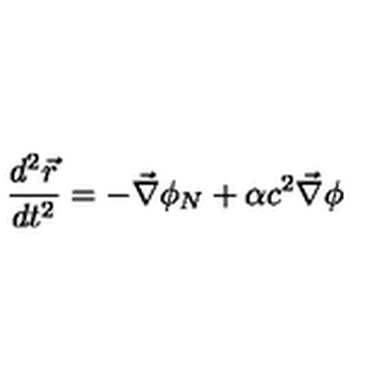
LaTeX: \frac { d ^ { 2 } \vec { r } } { d t ^ { 2 } } = - \vec { \nabla } \phi _ { N } + \alpha c ^ { 2 } \vec { \nabla } \phi